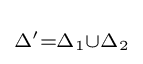
\scriptstyle \Delta '=\Delta _{1}\cup \Delta _{2}